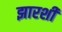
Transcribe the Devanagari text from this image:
झारशी